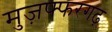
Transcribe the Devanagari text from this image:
मुज़फ्फरगढ़